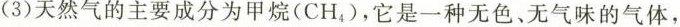
(3)天然气的主要成分为甲烷(CH_{4})，它是一种无色、无气味的气体，。